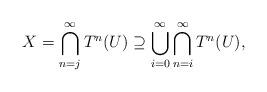
LaTeX: \begin{align*} X=\bigcap_{n=j}^\infty T^n(U) \supseteq \bigcup_{i=0}^\infty \bigcap_{n=i}^\infty T^n(U),\end{align*}